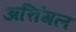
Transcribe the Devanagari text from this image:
अत्तिंगल